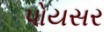
પોયસર